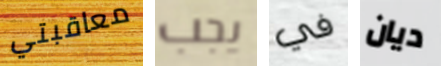
معاقبتي يجب في ديان